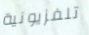
تلفزيونية